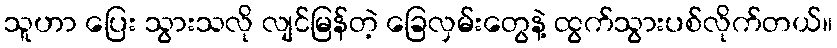
သူဟာ ပြေး သွားသလို လျင်မြန်တဲ့ ခြေလှမ်းတွေနဲ့ ထွက်သွားပစ်လိုက်တယ်။